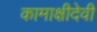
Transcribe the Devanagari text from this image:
कामाक्षीदेवी